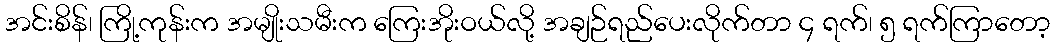
အင်းစိန်၊ ကြို့ကုန်းက အမျိုးသမီးက ကြေးအိုးဝယ်လို့ အချဉ်ရည်ပေးလိုက်တာ ၄ ရက်၊ ၅ ရက်ကြာတော့